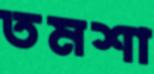
তমশা